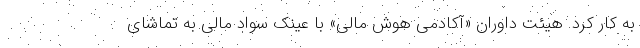
به کار کرد. هیئت داوران «آکادمی هوش مالی» با عینک سواد مالی به تماشای